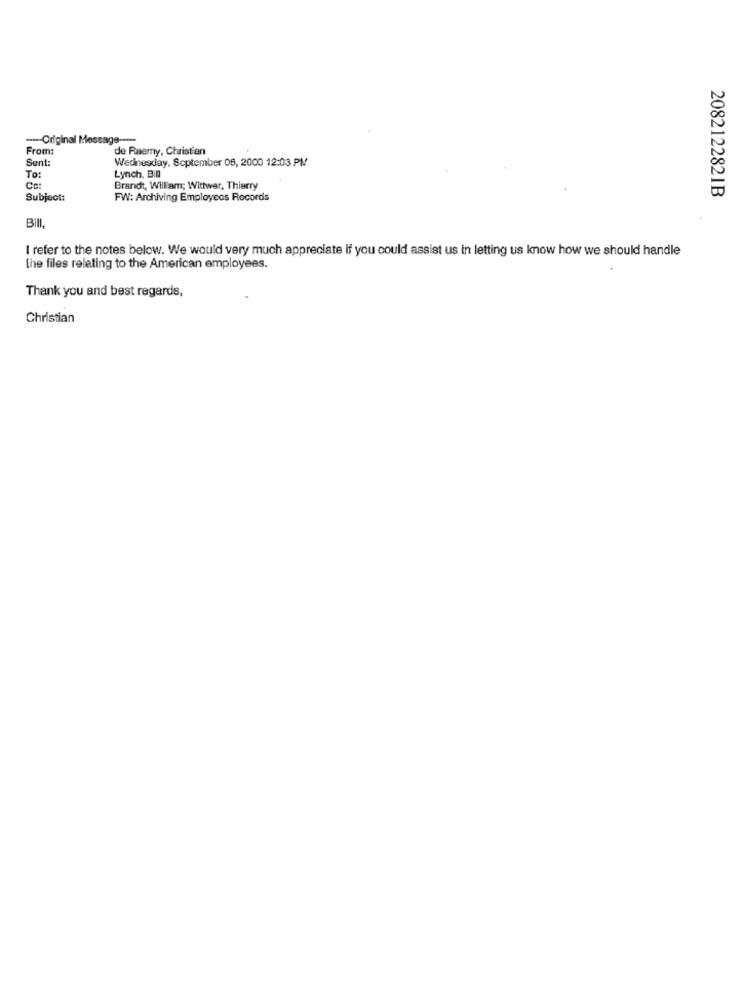
---- Original Message ---
From:
de Raemy, Christian
Sent:
Wednesday, September 08, 2000 12:03 PM.
To:
Lynch, Bill
Brandt, William; Withwer, Thierry
2082122821B
Subject:
FW: Archiving Employeos Records
BIII,
I refer to the notes below. We would very much appreciate if you could assist us in letting us know how we should handle
the files relating to the American employees.
Thank you and best regards,
Christian